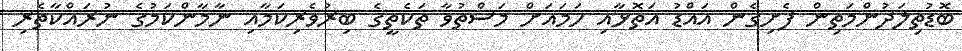
ބޮޑުތިލަދުންމަތިން ފެށިގެން އައްޑު އަތޮޅާއި ހަމައަށް މަސްތުވާ ތަކެތީގެ ބިރުވެރިކަމާއި ނާމާންކަމުގެ ނުރައްކާތެރި